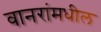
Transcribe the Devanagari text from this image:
वानरांमधील